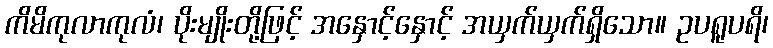
ကိမိကုလာကုလံ၊ ပိုးမျိုးတို့ဖြင့် အနှောင့်နှောင့် အယှက်ယှက်ရှိသော။ ဥပရူပရိ၊